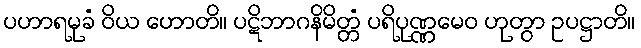
ပဟာရမုခံ ဝိယ ဟောတိ။ ပဋိဘာဂနိမိတ္တံ ပရိပုဏ္ဏမေဝ ဟုတွာ ဥပဋ္ဌာတိ။